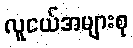
လူငယ်အများစု